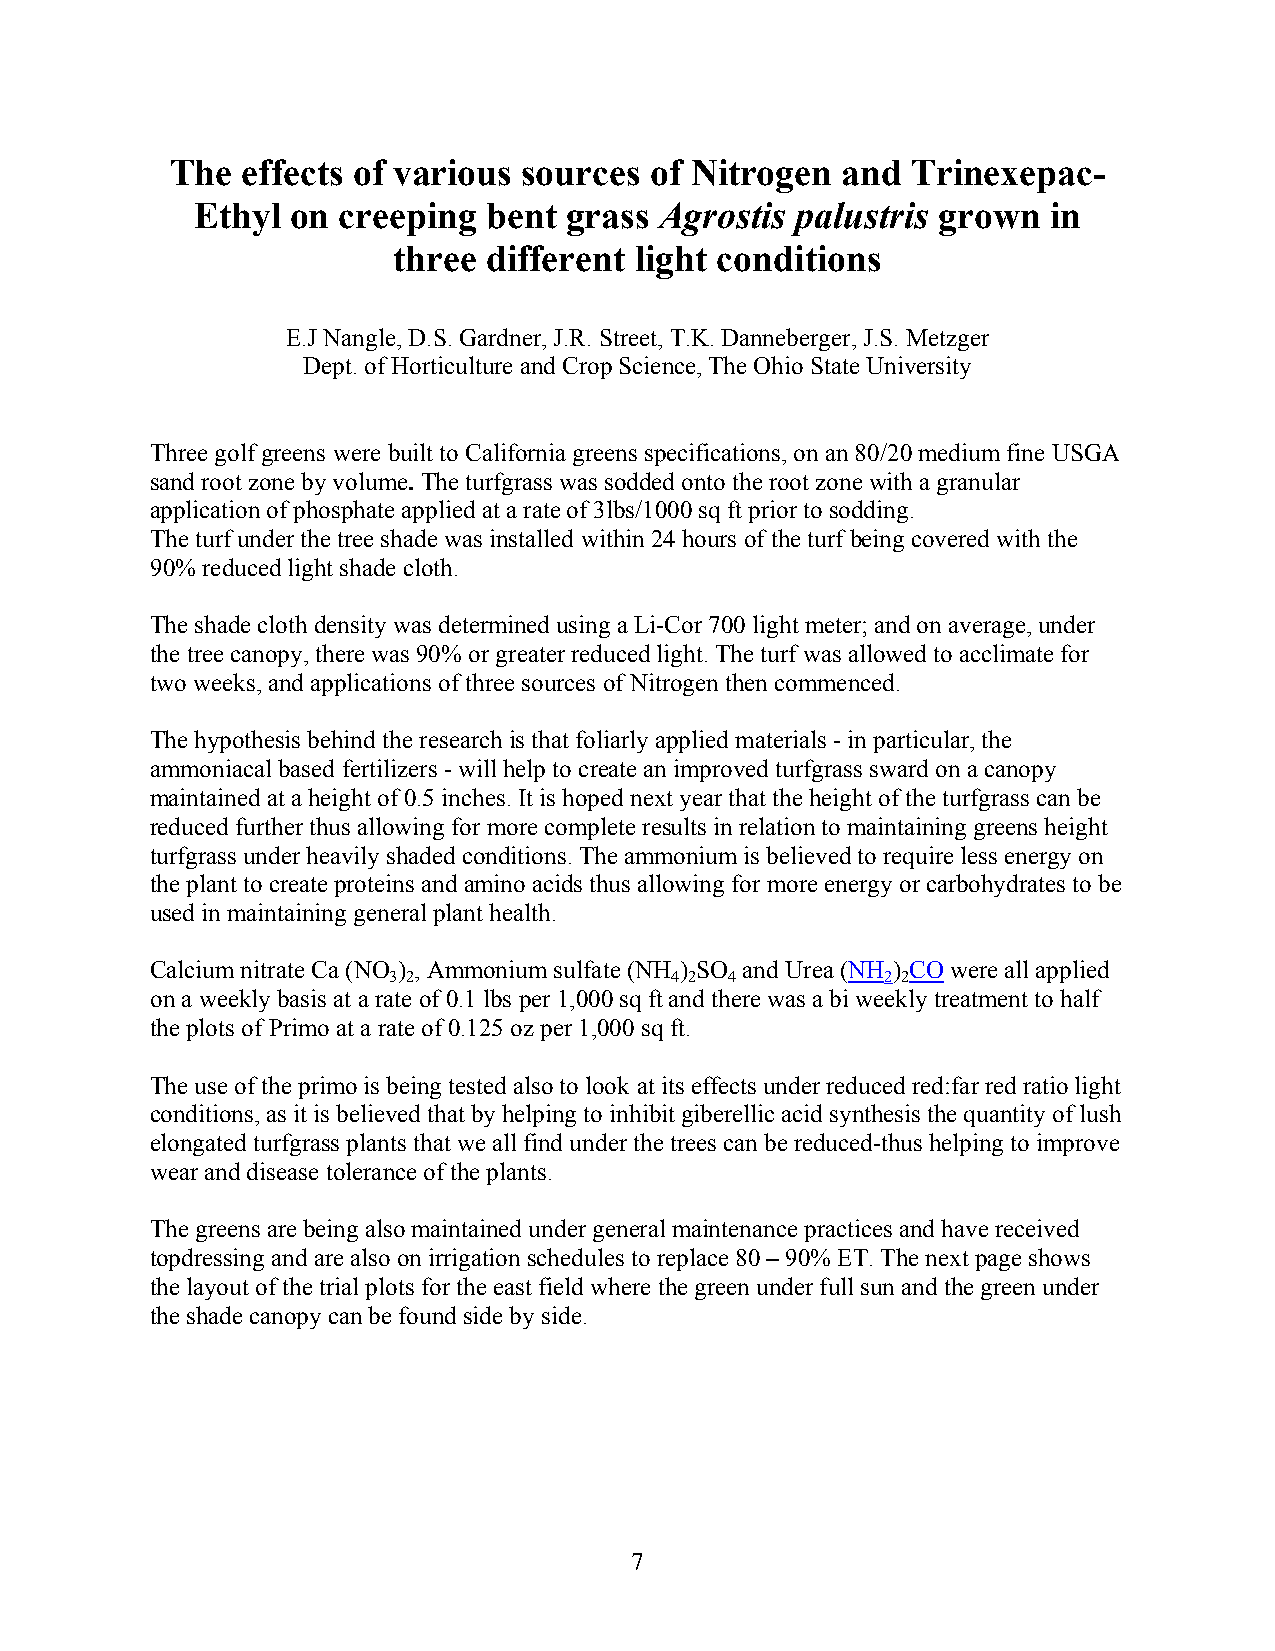
The  effects of various sources of Nitrogen  and Trinexepac-
 Ethyl on creeping  bent  grass Agrostis palustris grown  in
 three different light conditions
 E.J Nangle, D.S. Gardner, J.R. Street, T.K. Danneberger, J.S. Metzger
 Dept. of Horticulture and Crop Science, The Ohio State University
 Three golf greens were built to California greens specifications, on an 80/20 medium fine USGA
 sand root zone by volume. The turfgrass was sodded onto the root zone with a granular
 application of phosphate applied at a rate of 3lbs/1000 sq ft prior to sodding.
 The turf under the tree shade was installed within 24 hours of the turf being covered with the
 90% reduced light shade cloth.
 The shade cloth density was determined using a Li-Cor 700 light meter; and on average, under
 the tree canopy, there was 90% or greater reduced light. The turf was allowed to acclimate for
 two weeks, and applications of three sources of Nitrogen then commenced.
 The hypothesis behind the research is that foliarly applied materials - in particular, the
 ammoniacal based fertilizers - will help to create an improved turfgrass sward on a canopy
 maintained at a height of 0.5 inches. It is hoped next year that the height of the turfgrass can be
 reduced further thus allowing for more complete results in relation to maintaining greens height
 turfgrass under heavily shaded conditions. The ammonium is believed to require less energy on
 the plant to create proteins and amino acids thus allowing for more energy or carbohydrates to be
 used in maintaining general plant health.
 Calcium nitrate Ca (NO ) , Ammonium sulfate (NH ) SO and Urea (NH ) CO were all applied
 3 2               4 2 4          2 2
 on a weekly basis at a rate of 0.1 lbs per 1,000 sq ft and there was a bi weekly treatment to half
 the plots of Primo at a rate of 0.125 oz per 1,000 sq ft.
 The use of the primo is being tested also to look at its effects under reduced red:far red ratio light
 conditions, as it is believed that by helping to inhibit giberellic acid synthesis the quantity of lush
 elongated turfgrass plants that we all find under the trees can be reduced-thus helping to improve
 wear and disease tolerance of the plants.
 The greens are being also maintained under general maintenance practices and have received
 topdressing and are also on irrigation schedules to replace 80 – 90% ET. The next page shows
 the layout of the trial plots for the east field where the green under full sun and the green under
 the shade canopy can be found side by side.
 7